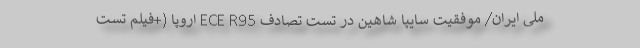
ملی ایران/ موفقیت سایپا شاهین در تست تصادف ECE R95 اروپا (+فیلم تست